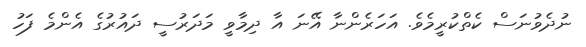
ނުދެވުނަސް ކެތްކުރީމެވެ. އަހަރެންނާ އޭނަ އާ ދިމާވީ މަދަރުސީ ދައުރުގެ އެންމެ ފަހު